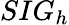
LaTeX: SIG_{h}